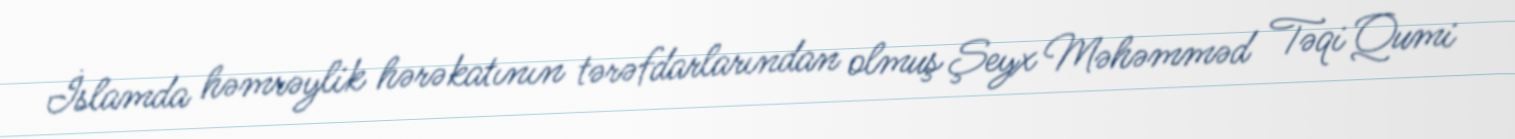
İslamda həmrəylik hərəkatının tərəfdarlarından olmuş Şeyx Məhəmməd Təqi Qumi